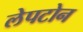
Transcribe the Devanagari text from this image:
लेपटोन